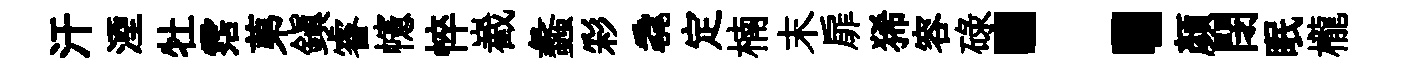
汗湮牡霑苐鎮睿幰悴嶻蠡彩毳定楠末扉狶容碌：颜閉眠櫳